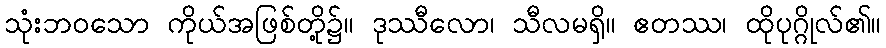
သုံးဘဝသော ကိုယ်အဖြစ်တို့၌။ ဒုဿီလော၊ သီလမရှိ။ ဧတဿ၊ ထိုပုဂ္ဂိုလ်၏။